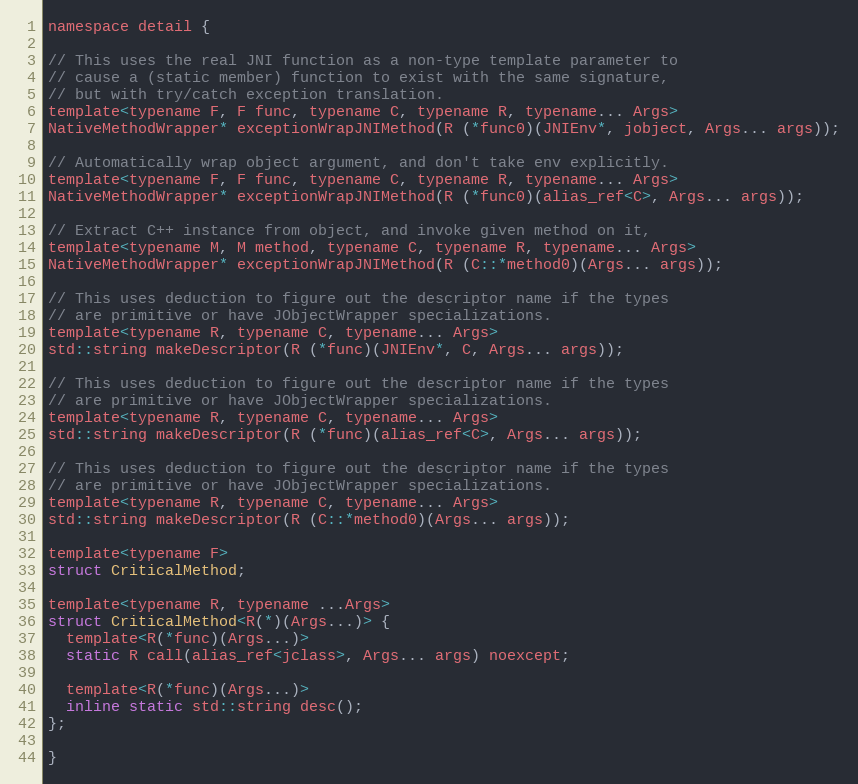
Language: C
namespace detail {

// This uses the real JNI function as a non-type template parameter to
// cause a (static member) function to exist with the same signature,
// but with try/catch exception translation.
template<typename F, F func, typename C, typename R, typename... Args>
NativeMethodWrapper* exceptionWrapJNIMethod(R (*func0)(JNIEnv*, jobject, Args... args));

// Automatically wrap object argument, and don't take env explicitly.
template<typename F, F func, typename C, typename R, typename... Args>
NativeMethodWrapper* exceptionWrapJNIMethod(R (*func0)(alias_ref<C>, Args... args));

// Extract C++ instance from object, and invoke given method on it,
template<typename M, M method, typename C, typename R, typename... Args>
NativeMethodWrapper* exceptionWrapJNIMethod(R (C::*method0)(Args... args));

// This uses deduction to figure out the descriptor name if the types
// are primitive or have JObjectWrapper specializations.
template<typename R, typename C, typename... Args>
std::string makeDescriptor(R (*func)(JNIEnv*, C, Args... args));

// This uses deduction to figure out the descriptor name if the types
// are primitive or have JObjectWrapper specializations.
template<typename R, typename C, typename... Args>
std::string makeDescriptor(R (*func)(alias_ref<C>, Args... args));

// This uses deduction to figure out the descriptor name if the types
// are primitive or have JObjectWrapper specializations.
template<typename R, typename C, typename... Args>
std::string makeDescriptor(R (C::*method0)(Args... args));

template<typename F>
struct CriticalMethod;

template<typename R, typename ...Args>
struct CriticalMethod<R(*)(Args...)> {
  template<R(*func)(Args...)>
  static R call(alias_ref<jclass>, Args... args) noexcept;

  template<R(*func)(Args...)>
  inline static std::string desc();
};

}